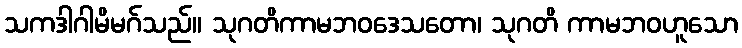
သကဒါဂါမိမဂ်သည်။ သုဂတိကာမဘဝဒေသတော၊ သုဂတိ ကာမဘဝဟူသော